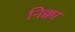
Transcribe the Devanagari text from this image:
निक्का